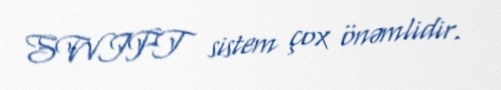
SWIFT sistem çox önəmlidir.